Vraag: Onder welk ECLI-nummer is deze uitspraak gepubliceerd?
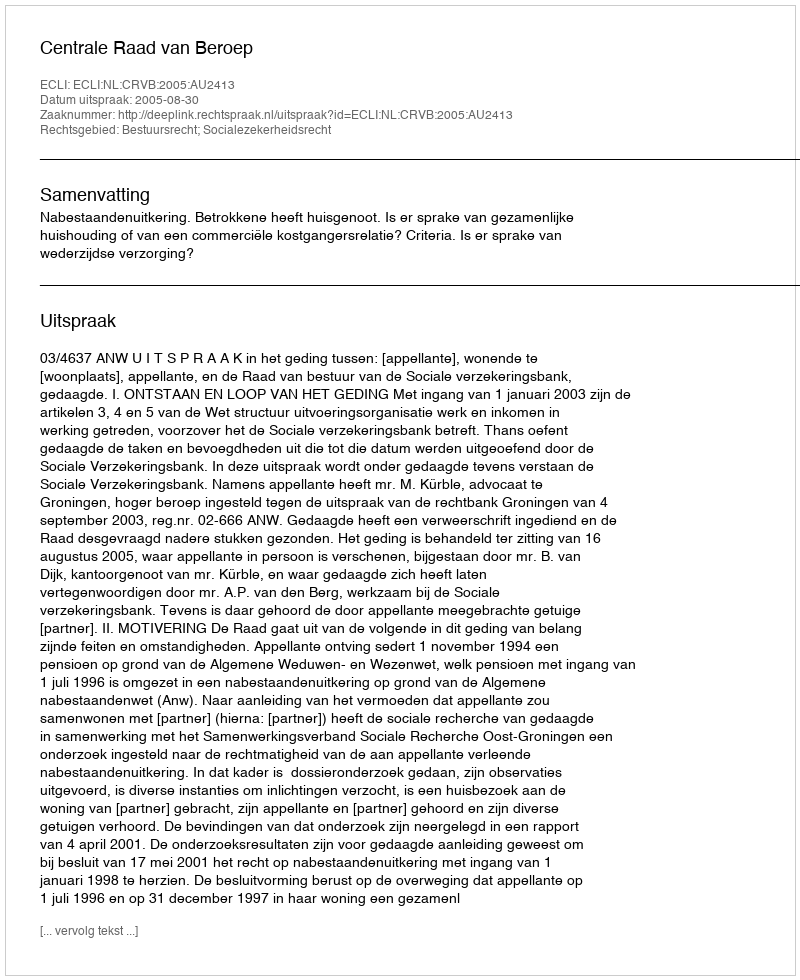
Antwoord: ECLI:NL:CRVB:2005:AU2413